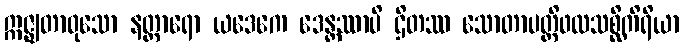
ဣဇ္ဈတာဝုသော နတ္တာရော ယဒေကေ ဒေန္တဿာပိ ဌိတဿ သောတာပတ္တိဖလသစ္ဆိကိရိယာ